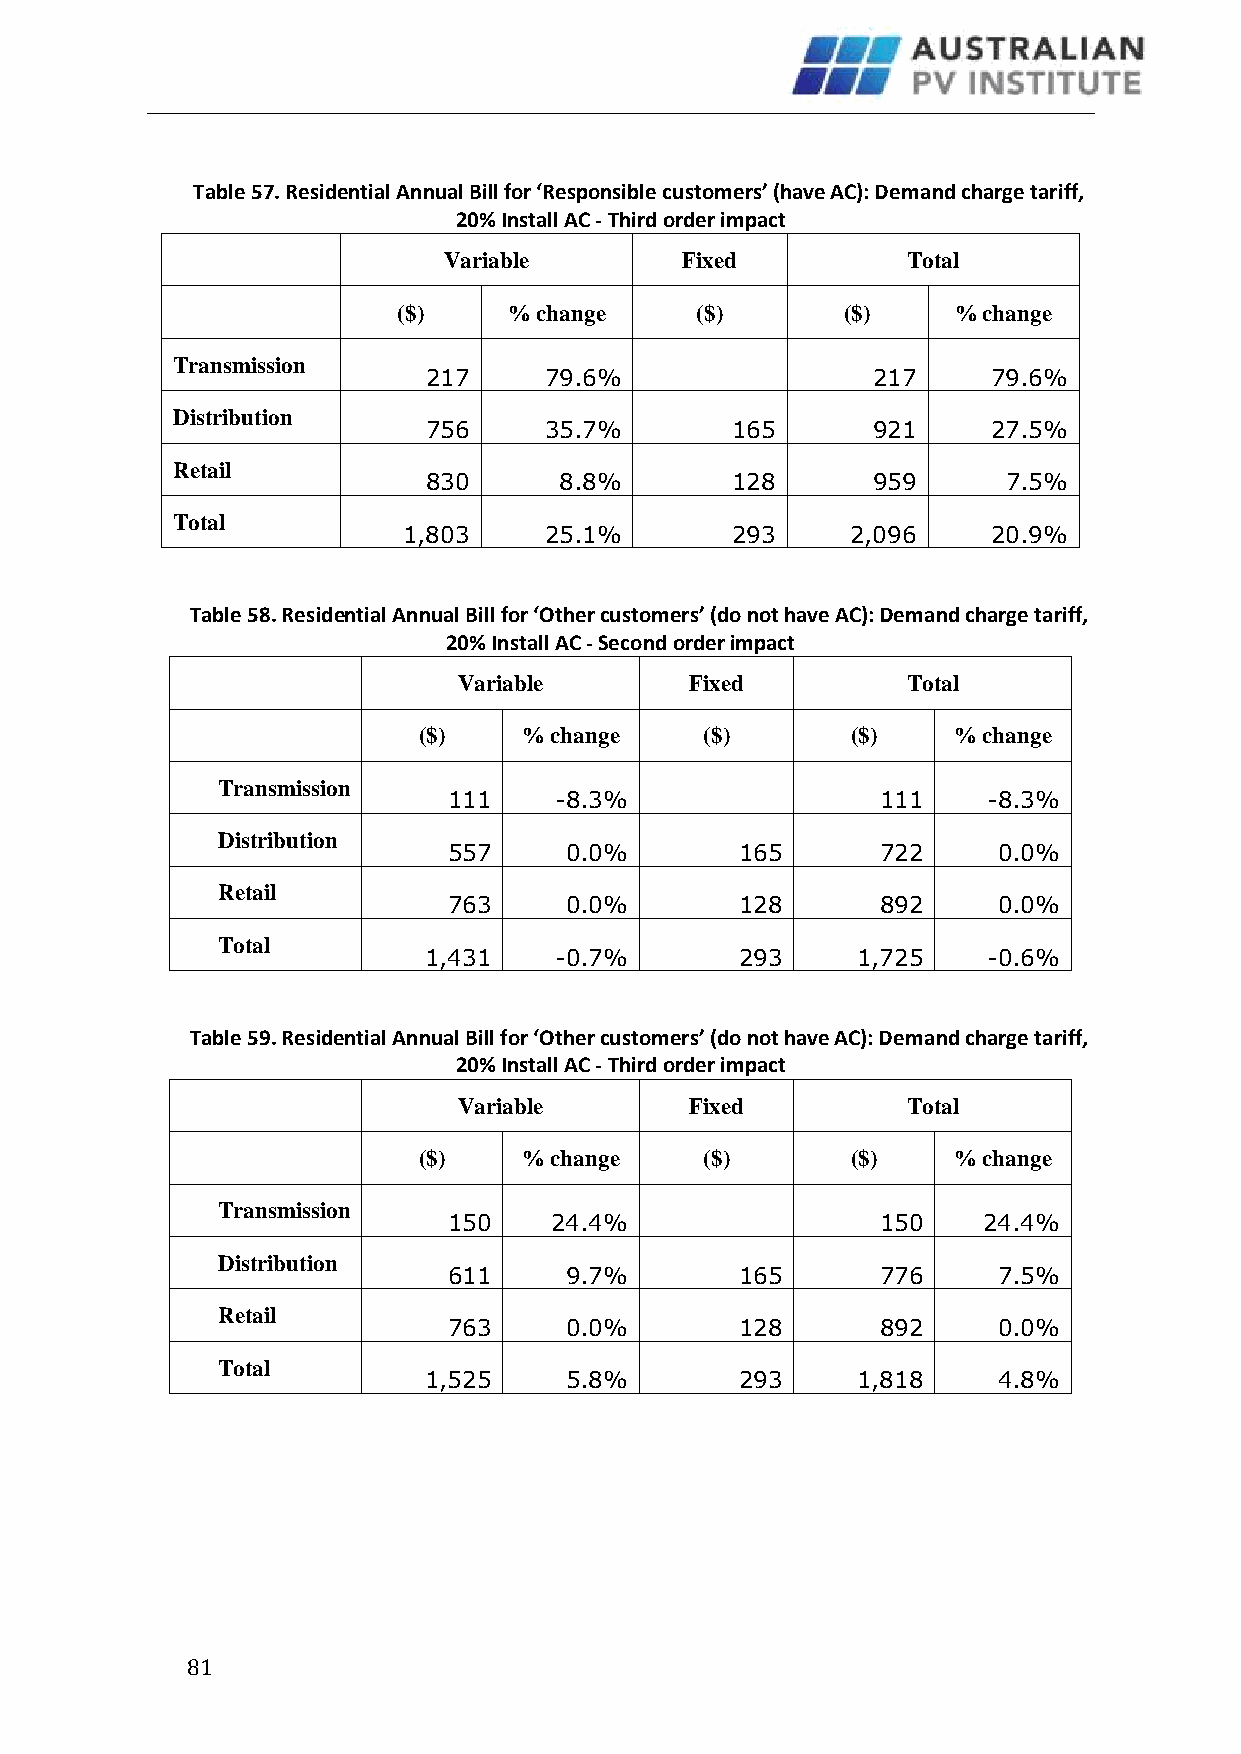
Table 57. Residential Annual Bill for ‘Responsible customers’ (have AC): Demand charge tariff,
 20% Install AC - Third order impact
 Variable        Fixed          Total
 ($)     % change    ($)       ($)    % change
 Transmission
 217     79.6%                 217     79.6%
 Distribution
 756     35.7%       165       921     27.5%
 Retail
 830      8.8%       128       959      7.5%
 Total
 1,803    25.1%       293     2,096     20.9%
 Table 58. Residential Annual Bill for ‘Other customers’ (do not have AC): Demand charge tariff,
 20% Install AC - Second order impact
 Variable        Fixed         Total
 ($)    % change    ($)      ($)    % change
 Transmission
 111    -8.3%                111    -8.3%
 Distribution
 557    0.0%        165      722     0.0%
 Retail
 763    0.0%        128      892     0.0%
 Total
 1,431    -0.7%       293     1,725   -0.6%
 Table 59. Residential Annual Bill for ‘Other customers’ (do not have AC): Demand charge tariff,
 20% Install AC - Third order impact
 Variable        Fixed         Total
 ($)    % change    ($)      ($)    % change
 Transmission
 150   24.4%                 150    24.4%
 Distribution
 611    9.7%        165      776     7.5%
 Retail
 763    0.0%        128      892     0.0%
 Total
 1,525    5.8%        293     1,818    4.8%
 8 1